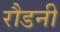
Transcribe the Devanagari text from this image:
रौडनी